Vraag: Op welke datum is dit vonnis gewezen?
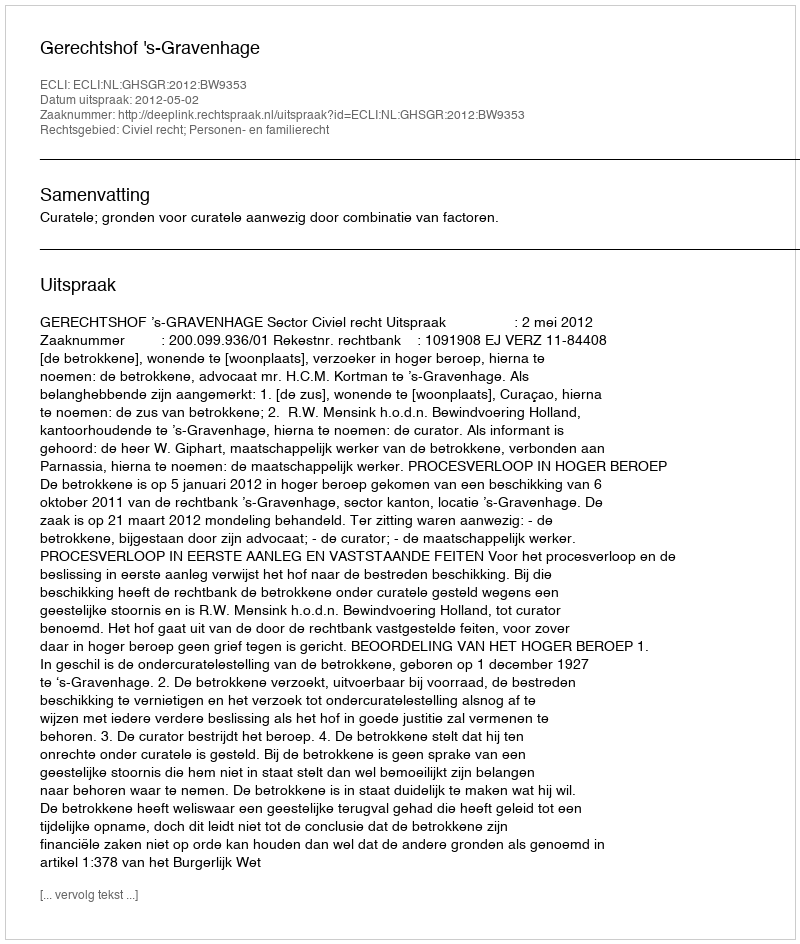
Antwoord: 2012-05-02